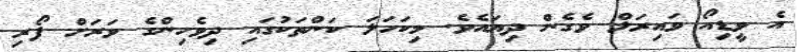
އެ ވީޑިއޯ ވައިރަލް ވެގެން ދިޔައެވެ. މިކަހަލަ ކަންތަކުގައި ދިވެހިންގެ ވަރަށް ފޯރި